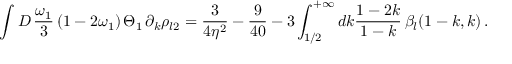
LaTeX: \int { \cal D } \, { \frac { \omega _ { 1 } } 3 } \left( 1 - 2 \omega _ { 1 } \right) \Theta _ { 1 } \, \partial _ { k } \rho _ { l 2 } = \frac 3 { 4 \eta ^ { 2 } } - \frac 9 { 4 0 } - 3 \int _ { 1 / 2 } ^ { + \infty } d k \frac { 1 - 2 k } { 1 - k } \, \beta _ { l } ( 1 - k , k ) \, .